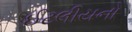
ઈટલીયનો